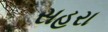
સહરા